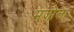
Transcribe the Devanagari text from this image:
मज़ोला